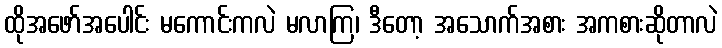
ထိုအဖော်အပေါင်း မကောင်းကလဲ မလာကြ၊ ဒီတော့ အသောက်အစား အကစားဆိုတာလဲ